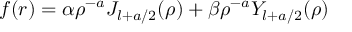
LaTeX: f ( r ) = \alpha \rho ^ { - a } J _ { l + a / 2 } ( \rho ) + \beta \rho ^ { - a } Y _ { l + a / 2 } ( \rho ) \,